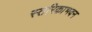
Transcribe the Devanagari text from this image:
स्तरिकाभवन